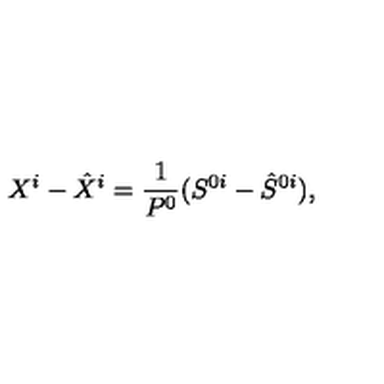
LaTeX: X ^ { i } - \hat { X } ^ { i } = \frac { 1 } { P ^ { 0 } } ( S ^ { 0 i } - \hat { S } ^ { 0 i } ) ,